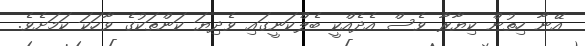
އޭނާ ހިތުން ކިޔާރާ ވެސް އެދެއްކީ ބެލްކަނީގައި ވެދިޔަ ކަންތަކުގެ ވާހަކަ ކަމަށެވެ.